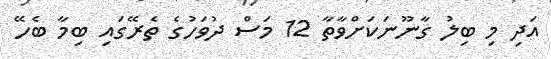
އަދި މި ބިލު ގާނޫނަކަށްވާތާ 12 މަސް ދުވަހުގެ ތެރޭގައި ބިމާ ބެހޭ